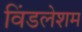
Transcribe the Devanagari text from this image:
विंडलेशम